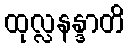
ထုလ္လနန္ဒာတိ